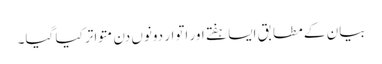
بیان کے مطابق ایسا ہفتے اور اتوار دونوں دن متواتر کیا گیا۔